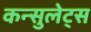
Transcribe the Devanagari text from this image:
कन्सुलेट्स